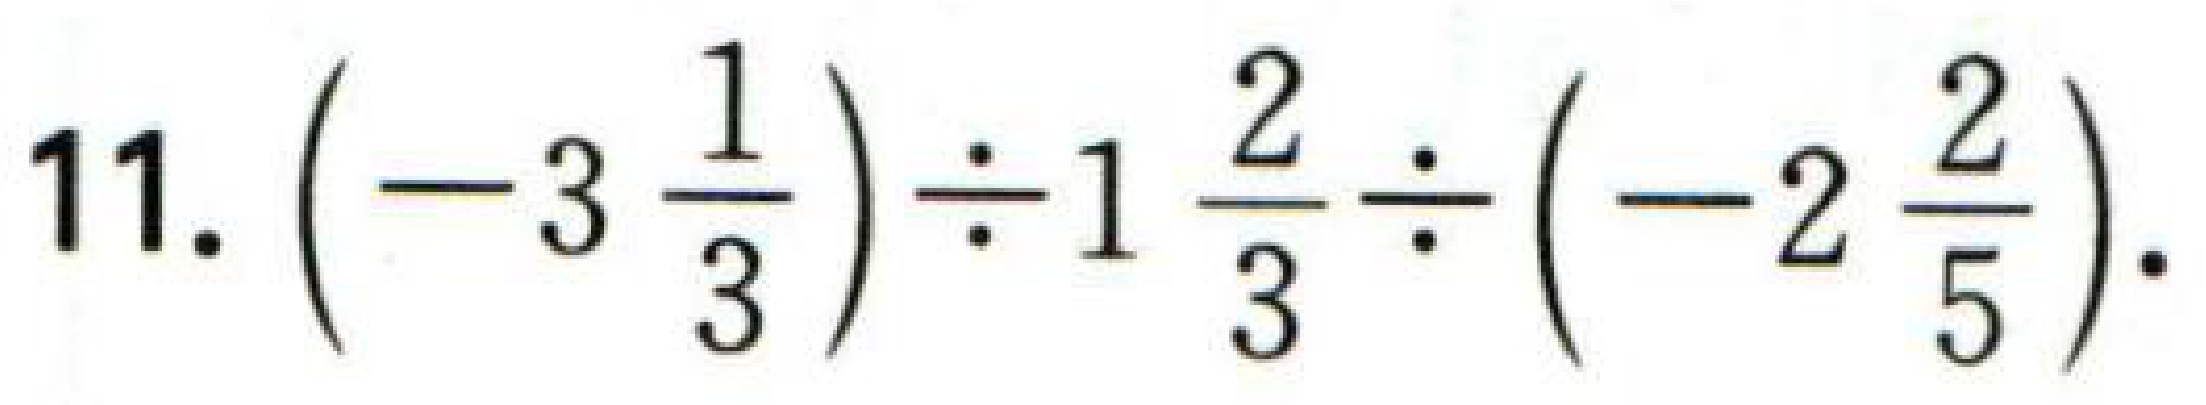
$11.\left(-3\frac{1}{3}\right)\div1\frac{2}{3}\div\left(-2\frac{2}{5}\right).$